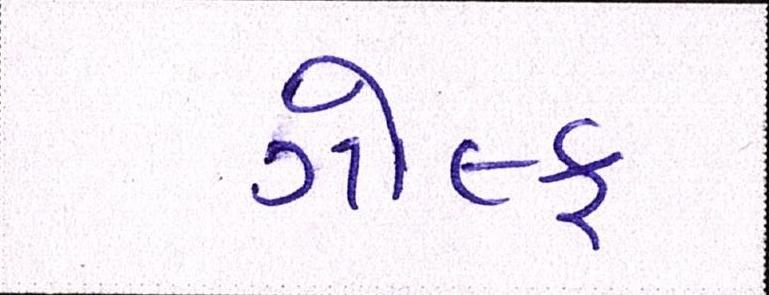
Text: ગોલ્ફ